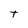
Character: t